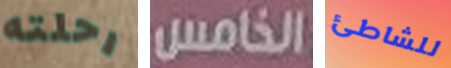
رحلته الخامس للشاطئ